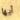
أيها